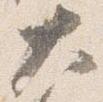
大